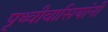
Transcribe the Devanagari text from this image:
पृथ्वीवासियांनी